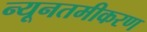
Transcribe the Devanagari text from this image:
न्यूनतमीकरण